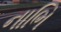
નાભિ